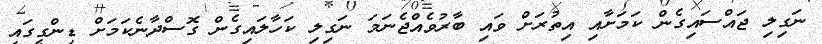
ނަގިލި ޖައްސައިގެން ކަމަށާއި އިތުރަށް ވައި ބާރުވެއްޖެނަމަ ނަގިލި ކަހާލައިގެން ގޮސްދާނެކަމަށް ޑިންގީގައި